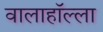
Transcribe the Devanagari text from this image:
वालाहाॅल्ला